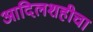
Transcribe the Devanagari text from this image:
आदिलशहीचा